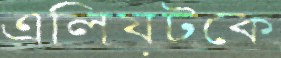
এলিয়টকে